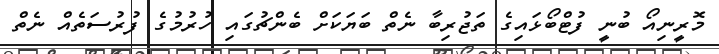
މޮރީނިއޯ ބުނީ ފުޓްބޯޅައިގެ ތަޖުރިބާ ނެތް ބަޔަކަށް ބެންޗުގައި ހުރުމުގެ ފުރުސަތެއް ނެތް